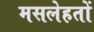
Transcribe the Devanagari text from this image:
मसलेहतों